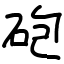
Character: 砲